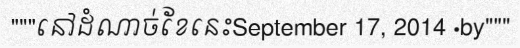
"""នៅដំណាច់ខែនេះSeptember 17, 2014 ·by"""